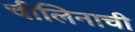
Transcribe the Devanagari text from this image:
चीलिनाची